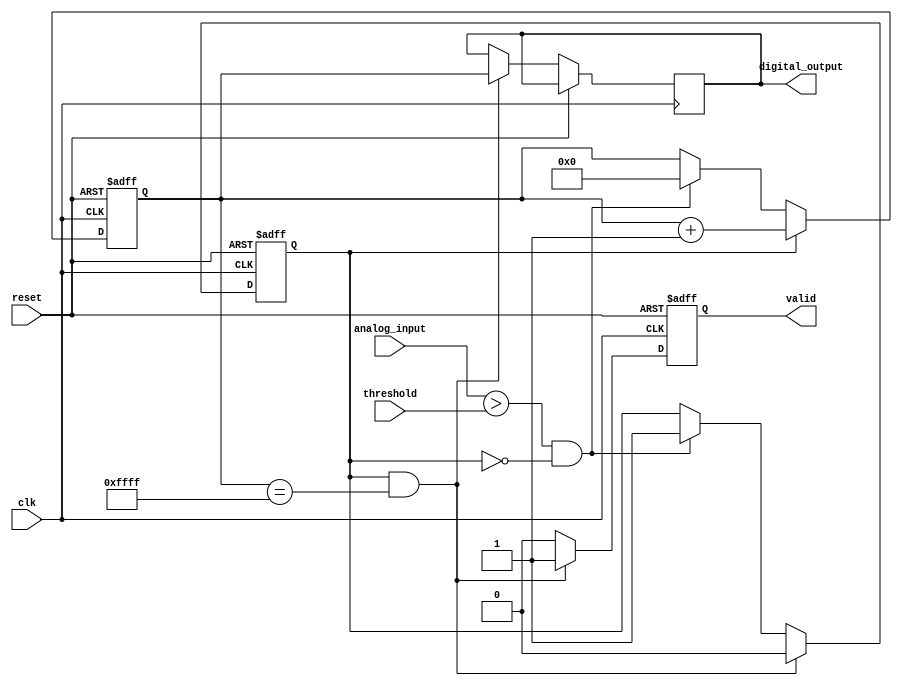
module TDC (
    input wire clk,               // Reference clock
    input wire reset,             // Reset signal
    input wire analog_input,       // Analog input signal (treated as digital for simulation)
    input wire [7:0] threshold,   // Threshold for the analog comparator
    output reg [15:0] digital_output, // Digital output representing the time interval
    output reg valid              // Signal indicating valid output
);

    reg [15:0] counter;           // Counter for clock cycles
    reg event_detected;           // Flag for event detection
    reg [15:0] memory [0:255];    // Memory block to store counter values
    reg [7:0] mem_index;          // Index for memory storage

    // Analog comparator simulation
    always @(posedge clk or posedge reset) begin
        if (reset) begin
            event_detected <= 0;
            counter <= 0;
            valid <= 0;
            mem_index <= 0;
        end else begin
            // Detect rising edge of the analog input signal
            if (analog_input > threshold && !event_detected) begin
                event_detected <= 1; // Event detected
                counter <= 0;        // Reset counter
            end
            
            // Count clock cycles if event is detected
            if (event_detected) begin
                counter <= counter + 1; // Increment counter
            end
            
            // Capture the counter value when the event is detected
            if (event_detected && counter == 16'hFFFF) begin
                digital_output <= counter; // Capture counter value
                memory[mem_index] <= counter; // Store in memory
                mem_index <= mem_index + 1; // Increment memory index
                valid <= 1; // Set valid output
                event_detected <= 0; // Reset event detection
            end else if (valid) begin
                valid <= 0; // Reset valid after reading
            end
        end
    end

endmodule